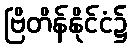
ဗြိတိန်နိုင်ငံ၌